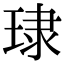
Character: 㻖